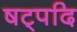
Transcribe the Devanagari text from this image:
षट्पदि